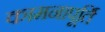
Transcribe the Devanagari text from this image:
कामनापूर्ति